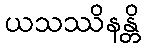
ယသဿိနန္တိ